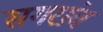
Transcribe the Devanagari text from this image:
सगरांव